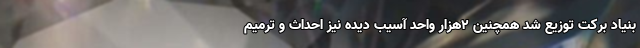
بنیاد برکت توزیع شد همچنین ۲هزار واحد آسیب دیده نیز احداث و ترمیم